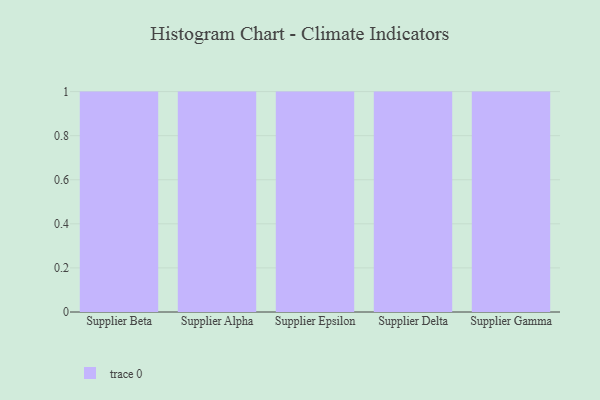
{"axis": {"x": "Supplier", "y": "Conversion Rate (%)"}, "legend": [""], "data": [{"x": "Supplier Beta", "y": 24, "type": ""}, {"x": "Supplier Alpha", "y": 49, "type": ""}, {"x": "Supplier Epsilon", "y": 76, "type": ""}, {"x": "Supplier Delta", "y": 1, "type": ""}, {"x": "Supplier Gamma", "y": 82, "type": ""}]}